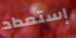
إستعداد